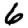
Digit: 6